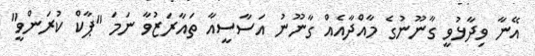
އޭނާ ވިދާޅުވީ ގާނޫނުގެ މާއްދާއެއް ގާނޫނު އަސާސީއާ ތައާރަޒުވާ ނަމަ "ޕާކް ކުރަންވީ"